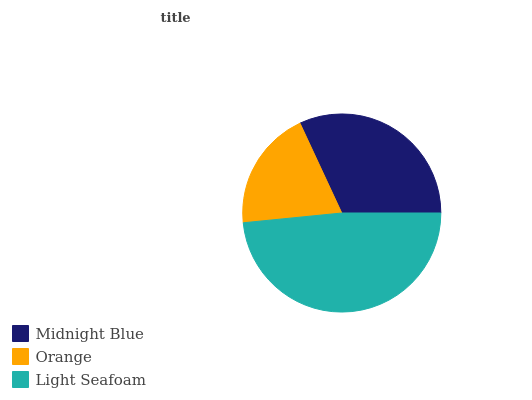
| Midnight Blue | Orange | Light Seafoam |
 | --- | --- | --- |
 | 32% | 19.6% | 48.4% |